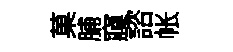
菓脯䆿諮帐